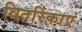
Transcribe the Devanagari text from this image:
वितरिकाएं